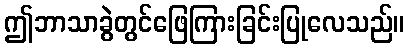
ဤဘာသာခွဲတွင်ဖြေကြားခြင်းပြုလေသည်။